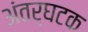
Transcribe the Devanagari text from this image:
अंतर्घटक